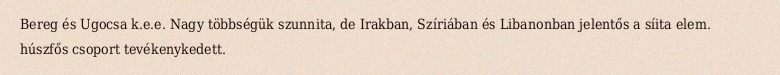
Bereg és Ugocsa k.e.e. Nagy többségük szunnita, de Irakban, Szíriában és Libanonban jelentős a síita elem. húszfős csoport tevékenykedett.